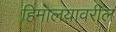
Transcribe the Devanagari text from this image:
हिमालयावरील